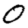
Digit: 0